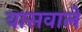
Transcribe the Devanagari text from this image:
वासवाले